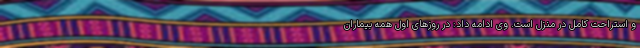
و استراحت کامل در منزل است. وی ادامه داد: در روزهای اول همه بیماران